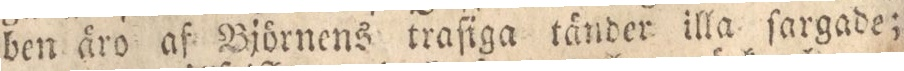
ben äro af Björnens traſiga tänder illa ſargade;